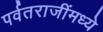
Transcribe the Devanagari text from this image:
पर्वतराजींमध्ये